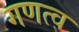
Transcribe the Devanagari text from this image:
गणत्व